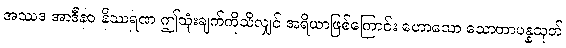
အဿဒ အာဒီနဝ နိဿရဏ ဤသုံးချက်ကိုသိလျှင် အရိယာဖြစ်ကြောင်း ဟောသော သောတာပန္နသုတ်